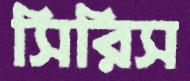
সিরিস